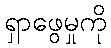
ရှာဖွေမှုကို